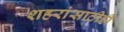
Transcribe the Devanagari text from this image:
शहरांसाठीही